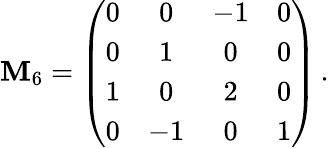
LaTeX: \mathbf{M}_{6}=\left(\begin{array}{cccc}{{0}}&{{0}}&{{-1}}&{{0}}\\ {{0}}&{{1}}&{{0}}&{{0}}\\ {{1}}&{{0}}&{{2}}&{{0}}\\ {{0}}&{{-1}}&{{0}}&{{1}}\end{array}\right)\, .